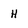
Character: H